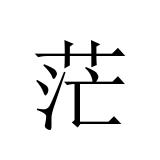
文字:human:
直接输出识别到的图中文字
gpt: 茫